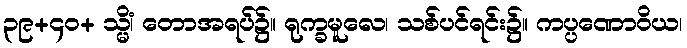
၃၉+၄၀+ သ္မိံ၊ တောအရပ်၌။ ရုက္ခမူလေ၊ သစ်ပင်ရင်း၌။ ကပ္ပဏောဝိယ၊